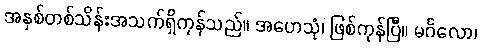
အနှစ်တစ်သိန်းအသက်ရှိကုန်သည်။ အဟေသုံ၊ ဖြစ်ကုန်ပြီ။ မင်္ဂလော၊